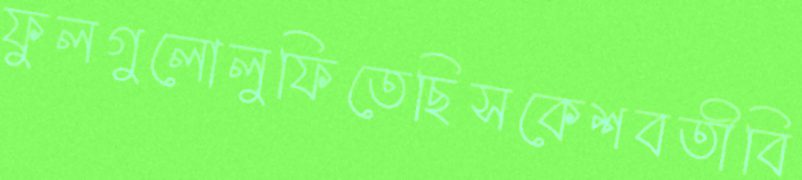
ফুলগুলোলুফিতেছিসকেশবতীবি